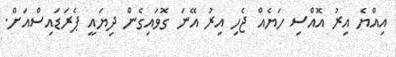
އިއްޔެ އިރު އޮއްސި ހަޔެއް ޖެހި އިރު އޭނަ ގޮވައިގެން ދިޔައީ ޕެރަޑައިސްއަށް.